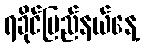
ရခိုင်ပြည်နယ်နေ့